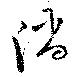
陥